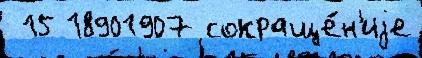
 15 18901907 сокраще́н'иjе